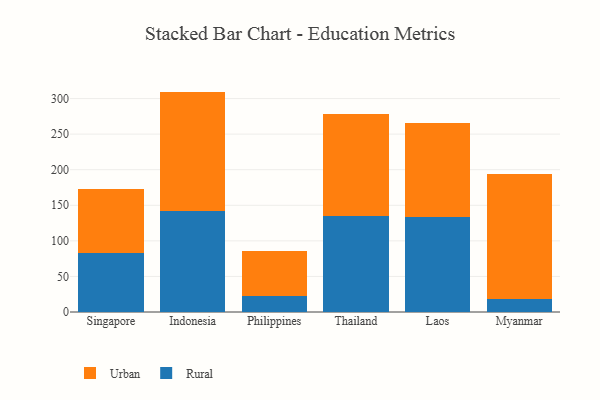
{"axis": {"x": "Country", "y": "Revenue (USD Million)"}, "legend": ["Rural", "Urban"], "data": [{"x": "Singapore", "y": 82.4, "type": "Rural"}, {"x": "Singapore", "y": 89.9, "type": "Urban"}, {"x": "Indonesia", "y": 142.1, "type": "Rural"}, {"x": "Indonesia", "y": 167.7, "type": "Urban"}, {"x": "Philippines", "y": 22.7, "type": "Rural"}, {"x": "Philippines", "y": 63.4, "type": "Urban"}, {"x": "Thailand", "y": 135.5, "type": "Rural"}, {"x": "Thailand", "y": 143.1, "type": "Urban"}, {"x": "Laos", "y": 133.3, "type": "Rural"}, {"x": "Laos", "y": 132.6, "type": "Urban"}, {"x": "Myanmar", "y": 18.9, "type": "Rural"}, {"x": "Myanmar", "y": 175.7, "type": "Urban"}]}